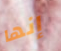
إنها